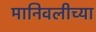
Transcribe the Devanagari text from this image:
मानिवलीच्या